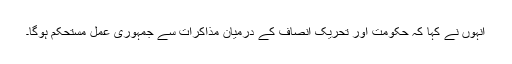
انہوں نے کہا کہ حکومت اور تحریک انصاف کے درمیان مذاکرات سے جمہوری عمل مستحکم ہوگا۔